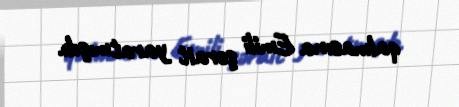
qalmasına Emili şərait yaratmışdı.